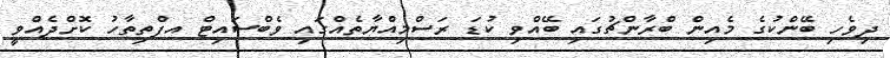
ދިވެހި ބޭންކުގެ މެއިން ބްރާންޗުގައި ބޭއްވި ކުޑަ ރަސްމިއްޔާތެއްގައި ވެބްސައިޓް އފްތިތާހު ކޮށްދެއްވީ